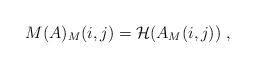
LaTeX: \begin{align*}M(A)_M(i,j)=\mathcal{H}(A_M(i,j))\;,\end{align*}